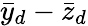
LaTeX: \bar{y}_{d}-\bar{z}_{d}